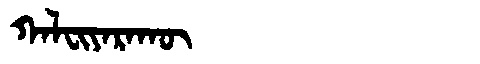
Manchu: ᡴᠠᠯᠸᡳᠶᠠᡵᠠᡴᡡ
Romanization: KALFIYARAKŪ